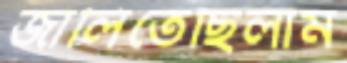
জালিতেছিলাম